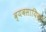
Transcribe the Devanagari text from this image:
व्यवसायिका